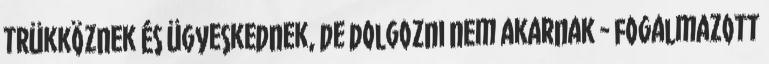
trükköznek és ügyeskednek, de dolgozni nem akarnak - fogalmazott